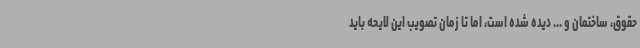
حقوق، ساختمان و ... دیده شده است، اما تا زمان تصویب این لایحه باید